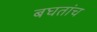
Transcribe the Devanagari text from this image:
बघतांच